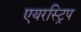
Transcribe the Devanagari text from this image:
एयरस्ट्रिप